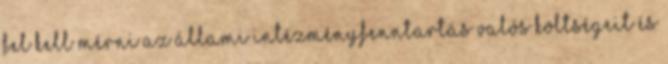
fel kell mérni az állami intézményfenntartás valós költségeit és